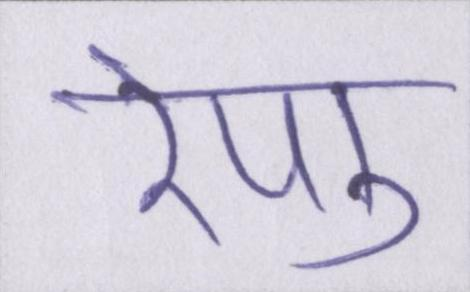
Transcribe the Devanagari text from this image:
रेणु